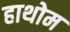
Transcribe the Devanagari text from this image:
हाथोम